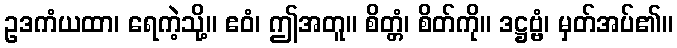
ဥဒကံယထာ၊ ရေကဲ့သို့။ ဧဝံ၊ ဤအတူ။ စိတ္တံ၊ စိတ်ကို။ ဒဋ္ဌဗ္ဗံ၊ မှတ်အပ်၏။